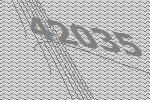
42035